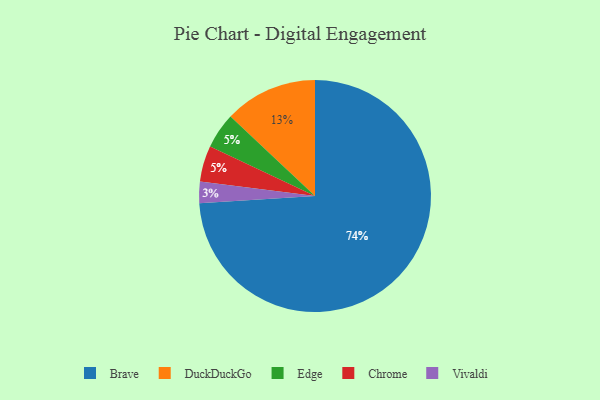
{"axis": {"x": "Category", "y": "Percentage"}, "legend": ["Brave", "Chrome", "DuckDuckGo", "Edge", "Vivaldi"], "data": [{"x": "Edge", "y": 5, "type": "Edge"}, {"x": "Vivaldi", "y": 3, "type": "Vivaldi"}, {"x": "Chrome", "y": 5, "type": "Chrome"}, {"x": "DuckDuckGo", "y": 13, "type": "DuckDuckGo"}, {"x": "Brave", "y": 74, "type": "Brave"}]}